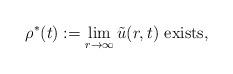
LaTeX: \begin{align*}\rho^*(t):=\lim_{r\to\infty} \tilde u(r,t) \mbox{ exists},\end{align*}